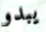
يبدو